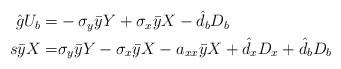
LaTeX: \begin{align*}\begin{aligned}\hat{g}U_b=&-\sigma_y\bar{y}Y+\sigma_x\bar{y}X-\hat d_bD_b\\s\bar{y}X=&\sigma_y\bar{y}Y-\sigma_x\bar{y}X-a_{xx}\bar{y}X+\hat d_x D_x+\hat d_bD_b\\\end{aligned}\end{align*}